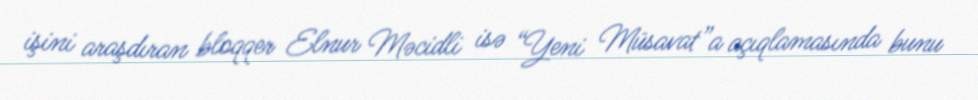
işini araşdıran bloqqer Elnur Məcidli isə “Yeni Müsavat”a açıqlamasında bunu